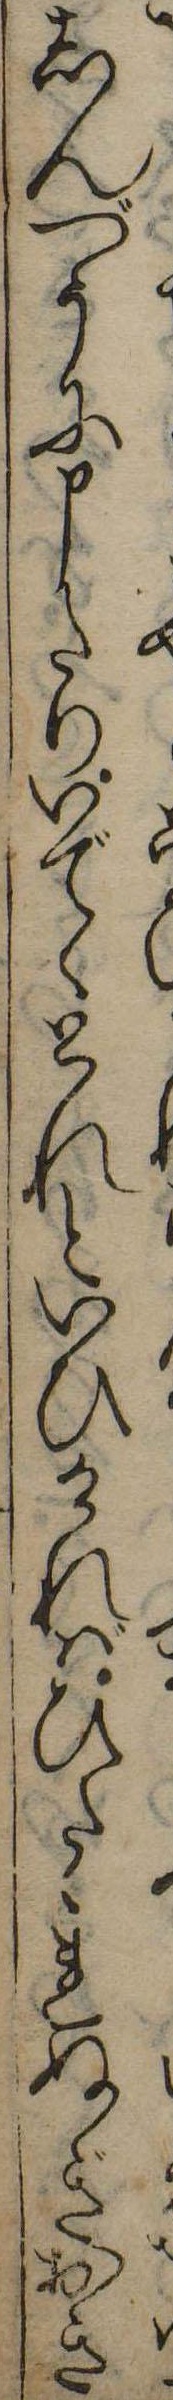
しんづうに申たりいでゝとれといひければひたゝれぬぎおき